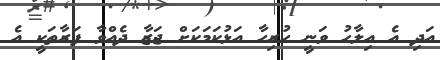
އަދި އެ އިލާހު ވަނީ ހުރިހާ އަޅުކަމަކަށް ޖަޒާ ދެއްވާ ފަރާތަކީ އެ